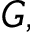
G ,